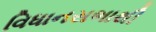
વિધાનસભાથી